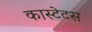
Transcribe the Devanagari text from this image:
कास्टेटस